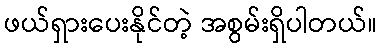
ဖယ်ရှားပေးနိုင်တဲ့ အစွမ်းရှိပါတယ်။